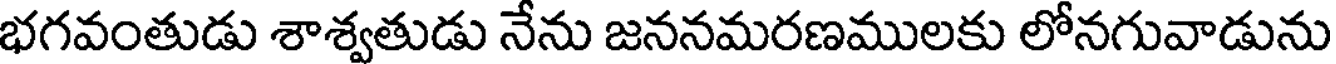
భగవంతుడు శాశ్వతుడు నేను జననమరణములకు లోనగువాడును